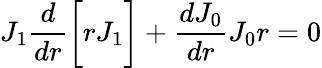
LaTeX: J_{1}\frac{d}{dr}\bigg[rJ_{1}\bigg]+\frac{dJ_{0}}{dr}J_{0}r=0